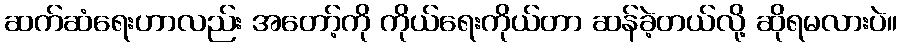
ဆက်ဆံရေးဟာလည်း အတော့်ကို ကိုယ်ရေးကိုယ်တာ ဆန်ခဲ့တယ်လို့ ဆိုရမလားပဲ။